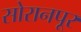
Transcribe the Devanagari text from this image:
सोरानपूर